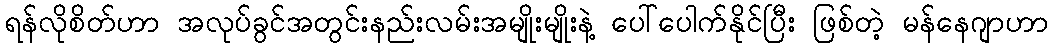
ရန်လိုစိတ်ဟာ အလုပ်ခွင်အတွင်းနည်းလမ်းအမျိုးမျိုးနဲ့ ပေါ်ပေါက်နိုင်ပြီး ဖြစ်တဲ့ မန်နေဂျာဟာ